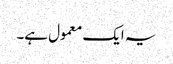
یہ ایک معمول ہے۔